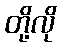
တို့လို